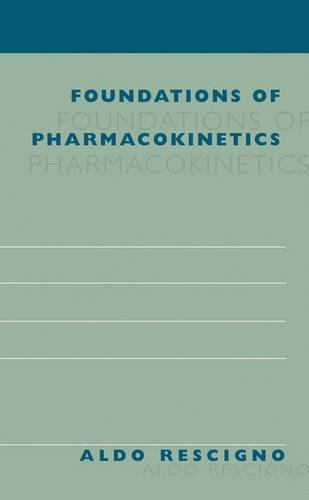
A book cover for Foundations of Pharmacokinetics; Aldo Rescigno; Medical Books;